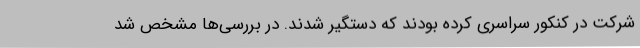
شرکت در کنکور سراسری کرده بودند که دستگیر شدند. در بررسی‌ها مشخص شد